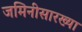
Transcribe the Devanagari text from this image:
जमिनीसारख्या